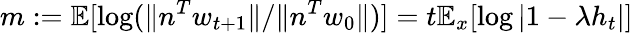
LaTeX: m:=\mathbb{E}[\log(\| n^{T}w_{t+1}\| /\| n^{T}w_{0}\| )]=t\mathbb{E}_{x}[\log|1-\lambda h_{t}|]